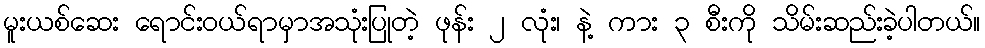
မူးယစ်ဆေး ရောင်းဝယ်ရာမှာအသုံးပြုတဲ့ ဖုန်း ၂ လုံး၊ နဲ့ ကား ၃ စီးကို သိမ်းဆည်းခဲ့ပါတယ်။